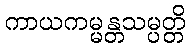
ကာယကမ္မန္တသမ္ပတ္တိ